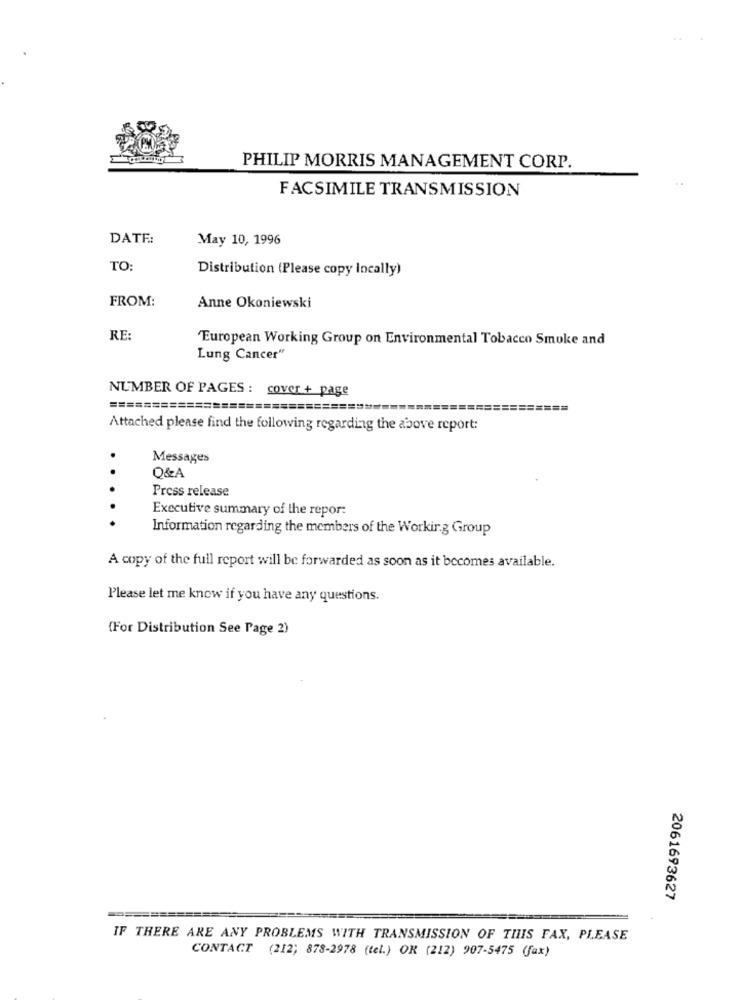
PHILIP MORRIS MANAGEMENT CORP.
FACSIMILE TRANSMISSION
DATE:
May 10, 1996
TO:
Distribution (Please copy locally)
FROM:
Anne Okoniewski
RE:
European Working Group on Environmental Tobacco Smoke and
Lung Cancer"
NUMBER OF PAGES : cover + page
=================================
==================
Attached please find the following regarding the above report:
.
Messages
O&A
Press release
...
Executive summary of the repor:
Information regarding the members of the Working Group
A copy of the full report will be forwarded as soon as it becomes available.
Please let me know if you have any questions.
(For Distribution See Page 2)
2061693627
IF THERE ARE ANY PROBLEMS WITH TRANSMISSION OF THIS FAX, PLEASE
CONTACT (212; 878-2978 (tel.) OK (212) 907-5475 (fax)